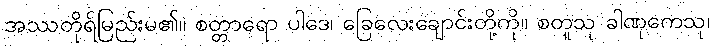
အဿတိုရ်မြည်းမ၏။ စတ္တာရော ပါဒေ၊ ခြေလေးချောင်းတို့ကို။ စတူသု ခါဏုကေသု၊